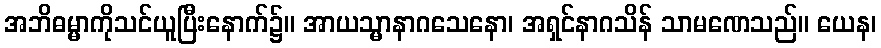
အဘိဓမ္မာကိုသင်ယူပြီးနောက်၌။ အာယသ္မာနာဂသေနော၊ အရှင်နာဂသိန် သာမဏေသည်။ ယေန၊